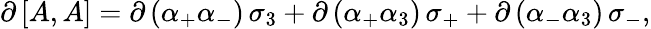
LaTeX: \partial\, \lbrack A,A\rbrack=\partial\, (\alpha_{+}\alpha_{-})\, \sigma_{3}+\partial\, (\alpha_{+}\alpha_{3})\, \sigma_{+}+\partial\, (\alpha_{-}\alpha_{3})\, \sigma_{-},